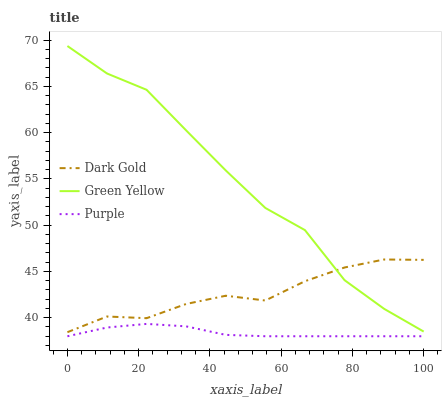
| xaxis_label | Dark Gold | Green Yellow | Purple |
 | --- | --- | --- | --- |
 | 0 | 38.4 | 69.4 | 38 |
 | 11.1 | 40.1 | 66.4 | 38.9 |
 | 22.2 | 40 | 64.6 | 39.3 |
 | 33.3 | 41.5 | 60.2 | 39.1 |
 | 44.4 | 42.4 | 55.9 | 38.1 |
 | 55.6 | 41.9 | 51.9 | 38 |
 | 66.7 | 43.9 | 49.5 | 38 |
 | 77.8 | 45.4 | 44.1 | 38 |
 | 88.9 | 46.3 | 41 | 38 |
 | 100 | 46.3 | 38.5 | 38 |